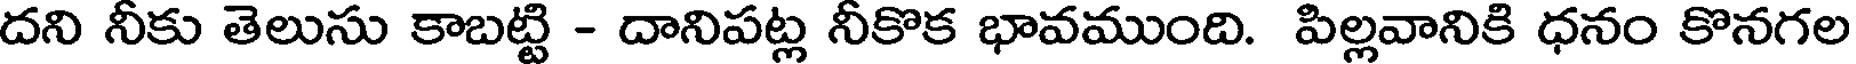
దని నీకు తెలుసు కాబట్టి - దానిపట్ల నీకొక భావముంది. పిల్లవానికి ధనం కొనగల